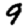
Digit: 9